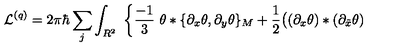
{ \cal L } ^ { ( q ) } = 2 \pi \hbar \sum _ { j } \int _ { R ^ { 2 } } \ \bigg \{ \frac { - 1 } { 3 } \ \theta * \{ \partial _ { x } \theta , \partial _ { y } \theta \} _ { M } + \frac { 1 } { 2 } \big ( ( \partial _ { x } \theta ) * ( \partial _ { \tilde { x } } \theta )